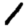
Digit: 1